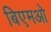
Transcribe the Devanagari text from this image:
बिएमओ